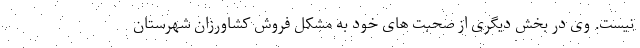
نیست. وی در بخش دیگری از صحبت های خود به مشکل فروش کشاورزان شهرستان